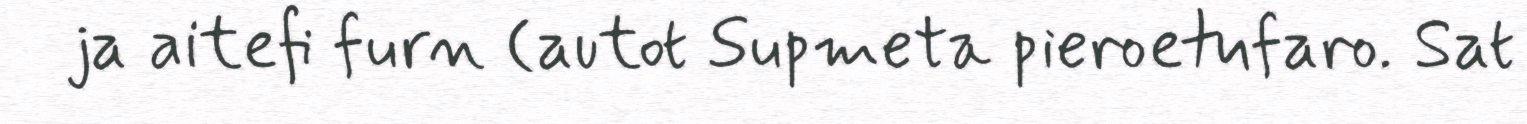
ja aitefi furn (autot Supmeta pieroetufaro. Sat